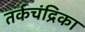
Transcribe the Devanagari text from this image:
तर्कचंद्रिका